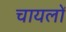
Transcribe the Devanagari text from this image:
चायलों